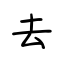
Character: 去